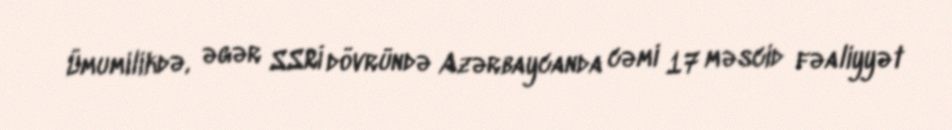
Ümumilikdə, əgər SSRİ dövründə Azərbaycanda cəmi 17 məscid fəaliyyət